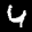
Label: 4